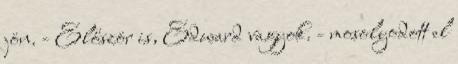
jön. - Először is, Edward vagyok. - mosolyodott el